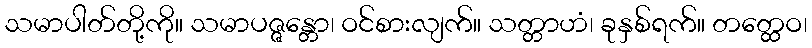
သမာပါတ်တို့ကို။ သမာပဇ္ဇန္တော၊ ဝင်စားလျက်။ သတ္တာဟံ၊ ခုနှစ်ရက်။ တတ္ထေဝ၊